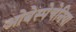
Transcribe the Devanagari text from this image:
ओबेस्पेचेनिया